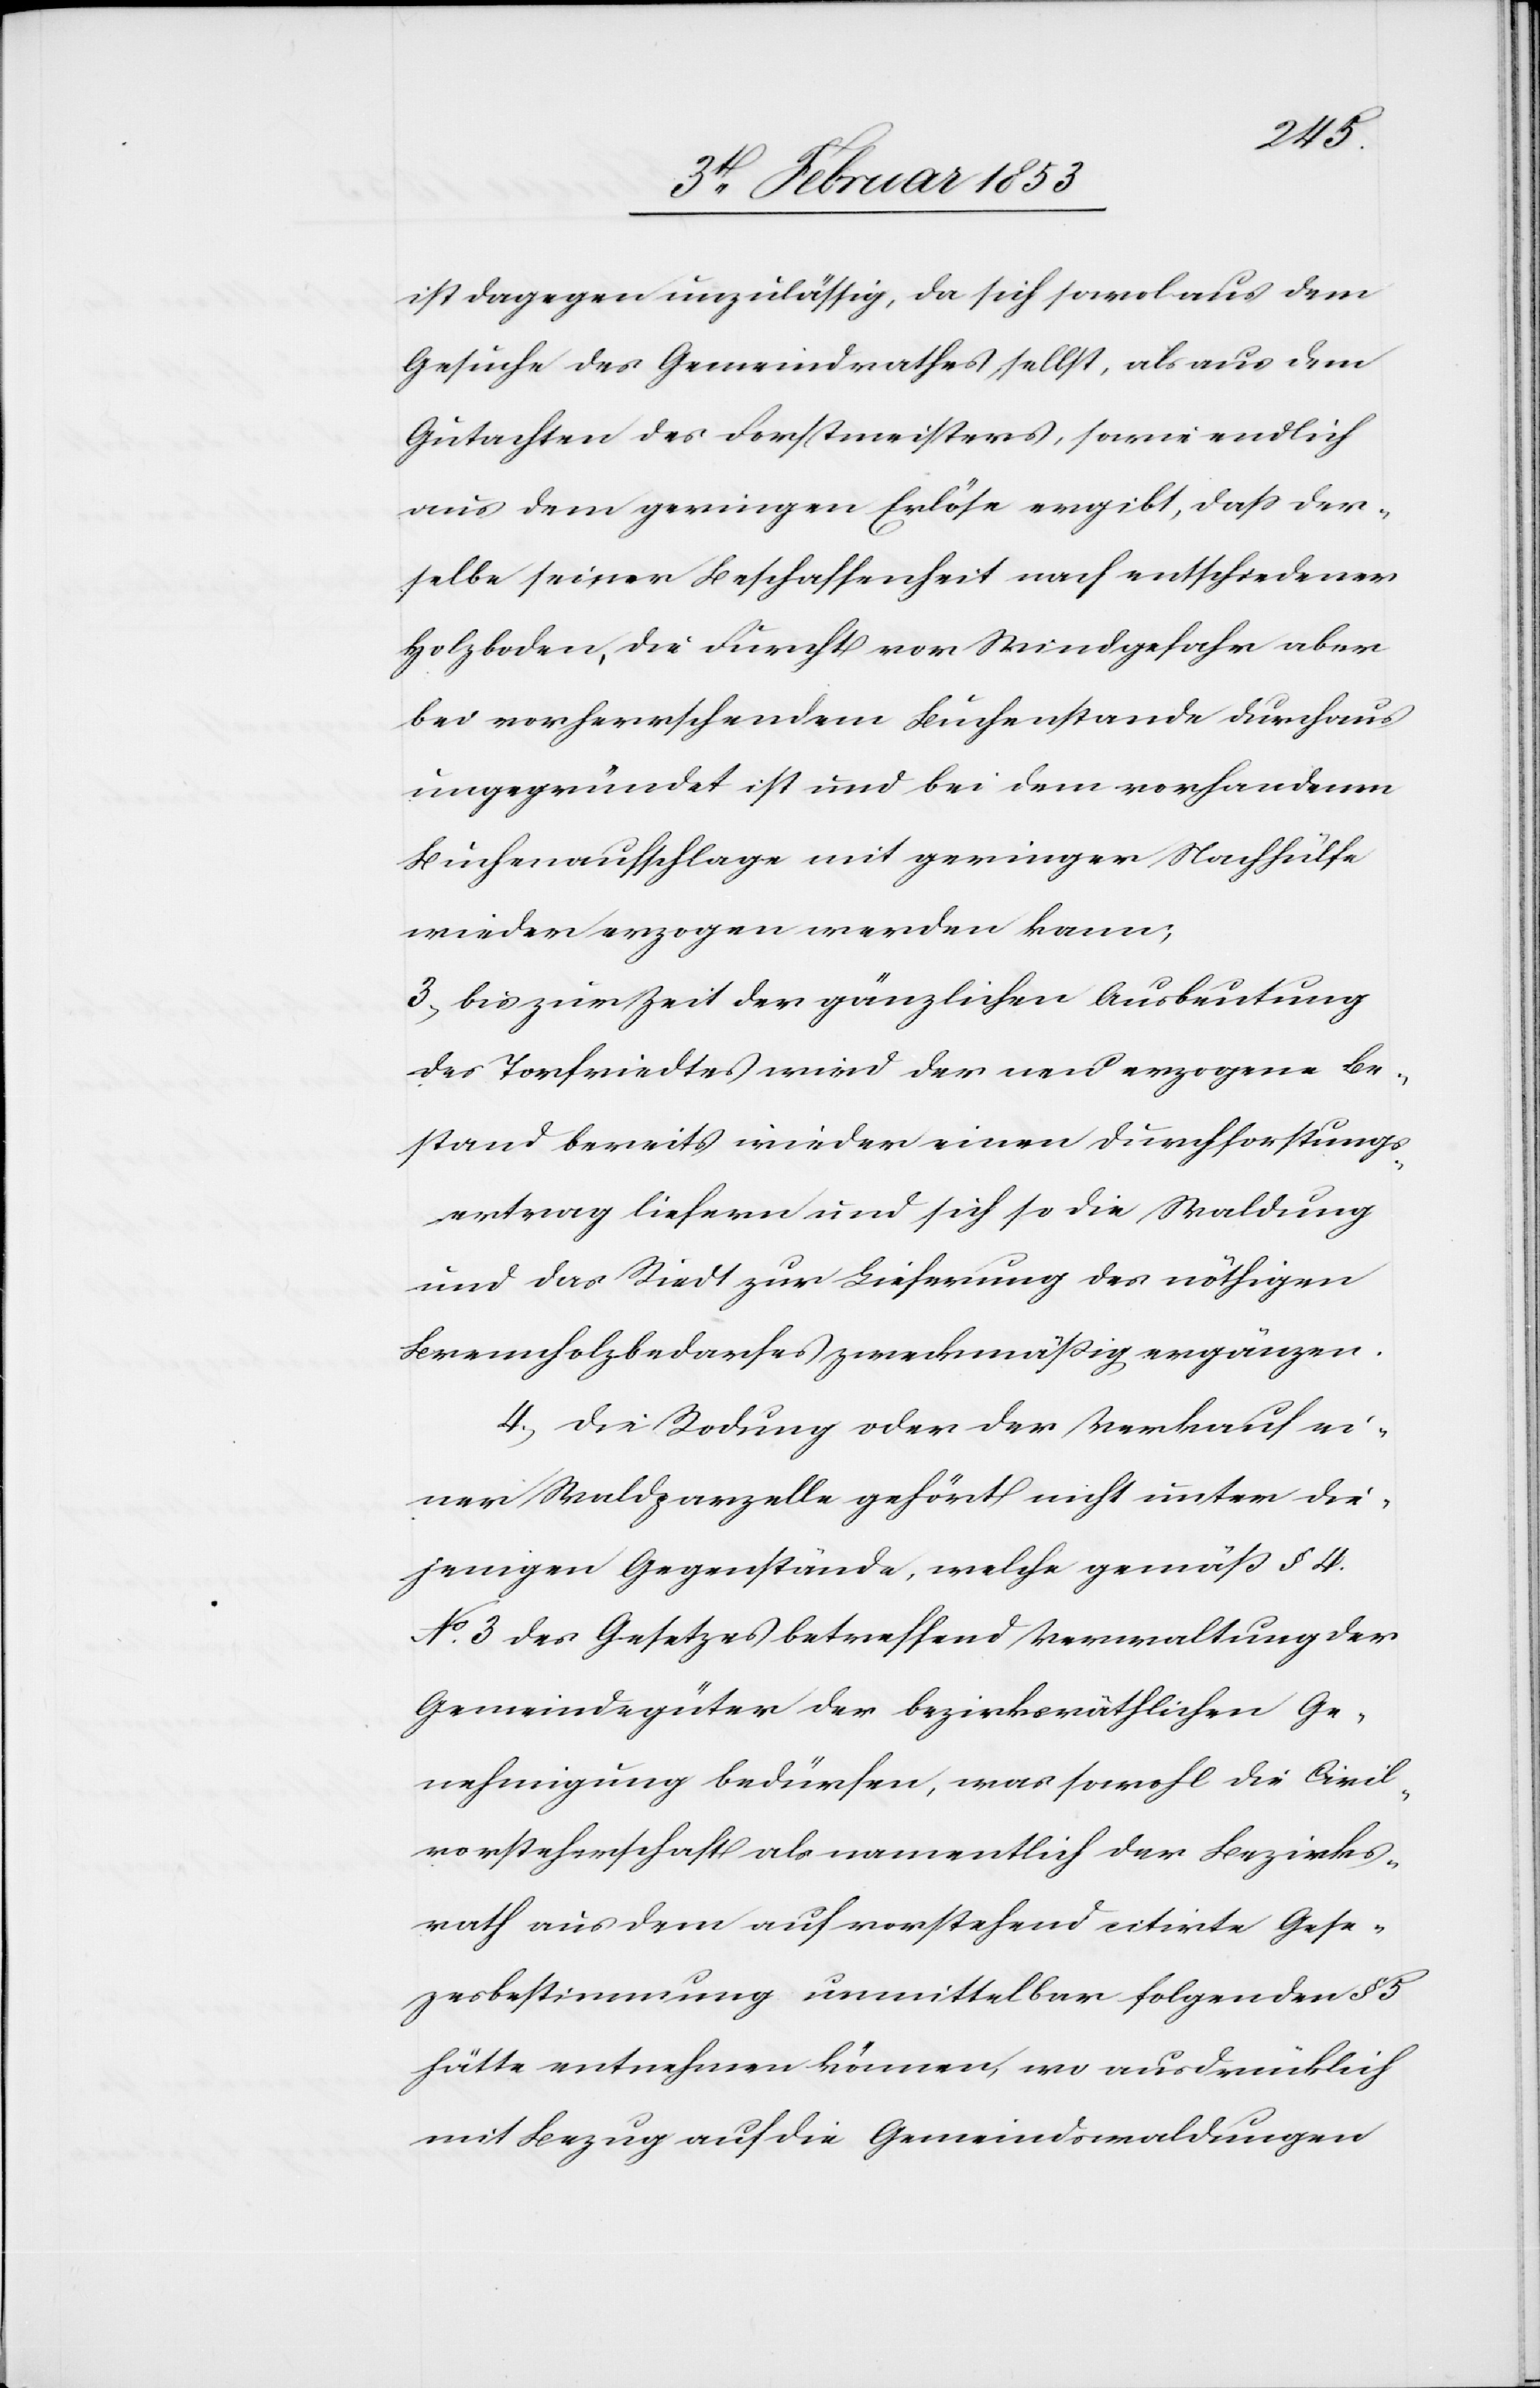
Geset¬
ist dagegen unzulässig, da sich sowol [sic!] aus dem
Gesuche des Gemeindrathes selbst, als aus dem
Gutachten des Forstmeisters, sowie endlich
aus dem geringen Erlöse ergibt, daß der¬
selbe seiner Beschaffenheit nach entschiedener
Holzboden, die Furcht vor Windgefahr aber
bei vorherrschendem Buchenstande durchaus
ungegründet ist und bei dem vorhandenen
Buchenaufschlage mit geringer Nachhülfe
wieder erzogen werden kann;
3, Bis zur Zeit der gänzlichen Ausbeutung
des Torfriedtes wird der neu erzogene Be¬
stand bereits wieder einen Durchforstungs¬
ertrag liefern und sich so die Waldung
und das Riedt zur Lieferung des nöthigen
Brennholzbedarfes zweckmäßig ergänzen.
4, Die Rodung oder der Verkauf ei¬
ner Waldparzelle gehört nicht unter die¬
jenigen Gegenstände, welche gemäß § 4
No. 3 des Gesetzes betreffend Verwaltung der
Gemeindgüter der bezirksräthlichen Ge¬
nehmigung bedürfen, was sowohl die Civil¬
vorsteherschaft als namentlich der Bezirks¬
zesbestimmung unmittelbar folgenden § 5
hätte entnehmen können, wo ausdrücklich
mit Bezug auf die Gemeindswaldungen